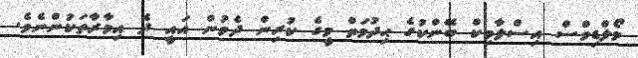
މޯލްޑިވްސް އިސްލާމިކް ބޭންކުގެ ޙިދުމަތް މީގެ ކުރިން ދެމުން އައީ ދެ އިމާރާތަކުންނެވެ.